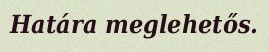
Határa meglehetős.